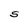
Character: S